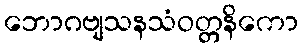
ဘောဂဗျသနသံဝတ္တနိကော